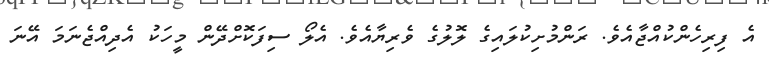
އެ ފިރިހެންކުއްޖާއެވެ. ރަންމުށިކުލައިގެ ލޮލުގެ ވެރިޔާއެވެ. އެލޯ ސިފަކޮށްދޭން މީހަކު އެދިއްޖެނަމަ އޭނަ